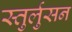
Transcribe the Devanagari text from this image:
स्तुर्लुसन